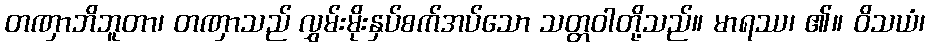
တဏှာဘိဘူတာ၊ တဏှာသည် လွှမ်းမိုးနှပ်စက်အပ်သော သတ္တဝါတို့သည်။ မာရဿ၊ ၏။ ဝိသယံ၊